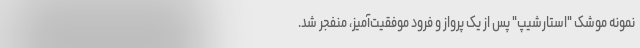
نمونه موشک "استارشیپ" پس از یک پرواز و فرود موفقیت‌آمیز، منفجر شد.